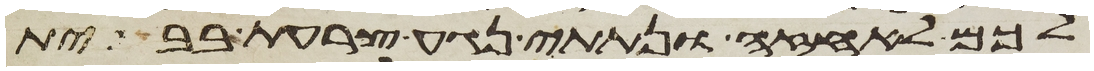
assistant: לכם לאחזה ונתתי נגע צרעת בבית